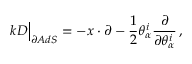
k D \Big \vert _ { \partial A d S } = - x \cdot \partial - \frac { 1 } { 2 } \theta _ { \alpha } ^ { i } \frac { \partial } { \partial \theta _ { \alpha } ^ { i } } \, ,